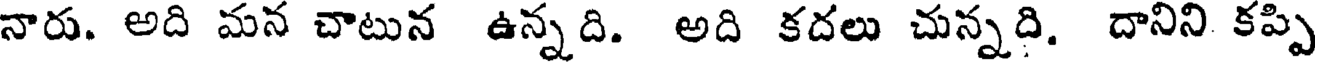
నారు. అది మన చాటున ఉన్నది. అది కదలు చున్నది. దానిని కప్పి